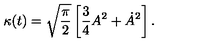
\kappa ( t ) = \sqrt { { \frac { \pi } { 2 } } } \left[ { \frac { 3 } { 4 } } A ^ { 2 } + \dot { A } ^ { 2 } \right] .